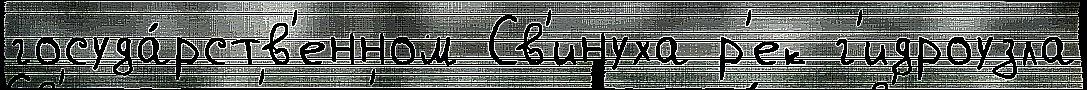
госуда́рств'енном Св'инуха р'ек г'идроузла